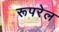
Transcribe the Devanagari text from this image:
रूपरेल